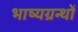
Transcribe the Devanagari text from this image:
भाष्यग्रन्थों